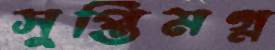
সুপ্তিমগ্ন